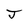
Character: J